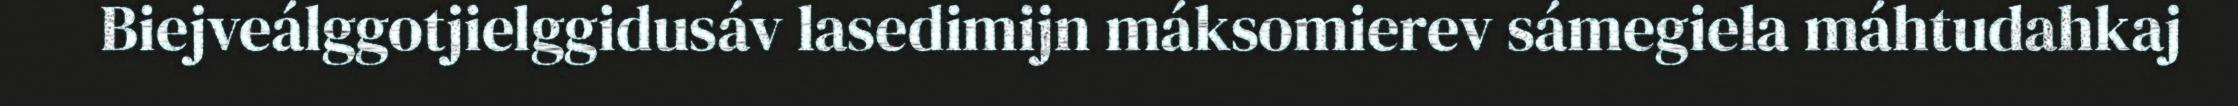
Biejveálggotjielggidusáv lasedimijn máksomierev sámegiela máhtudahkaj